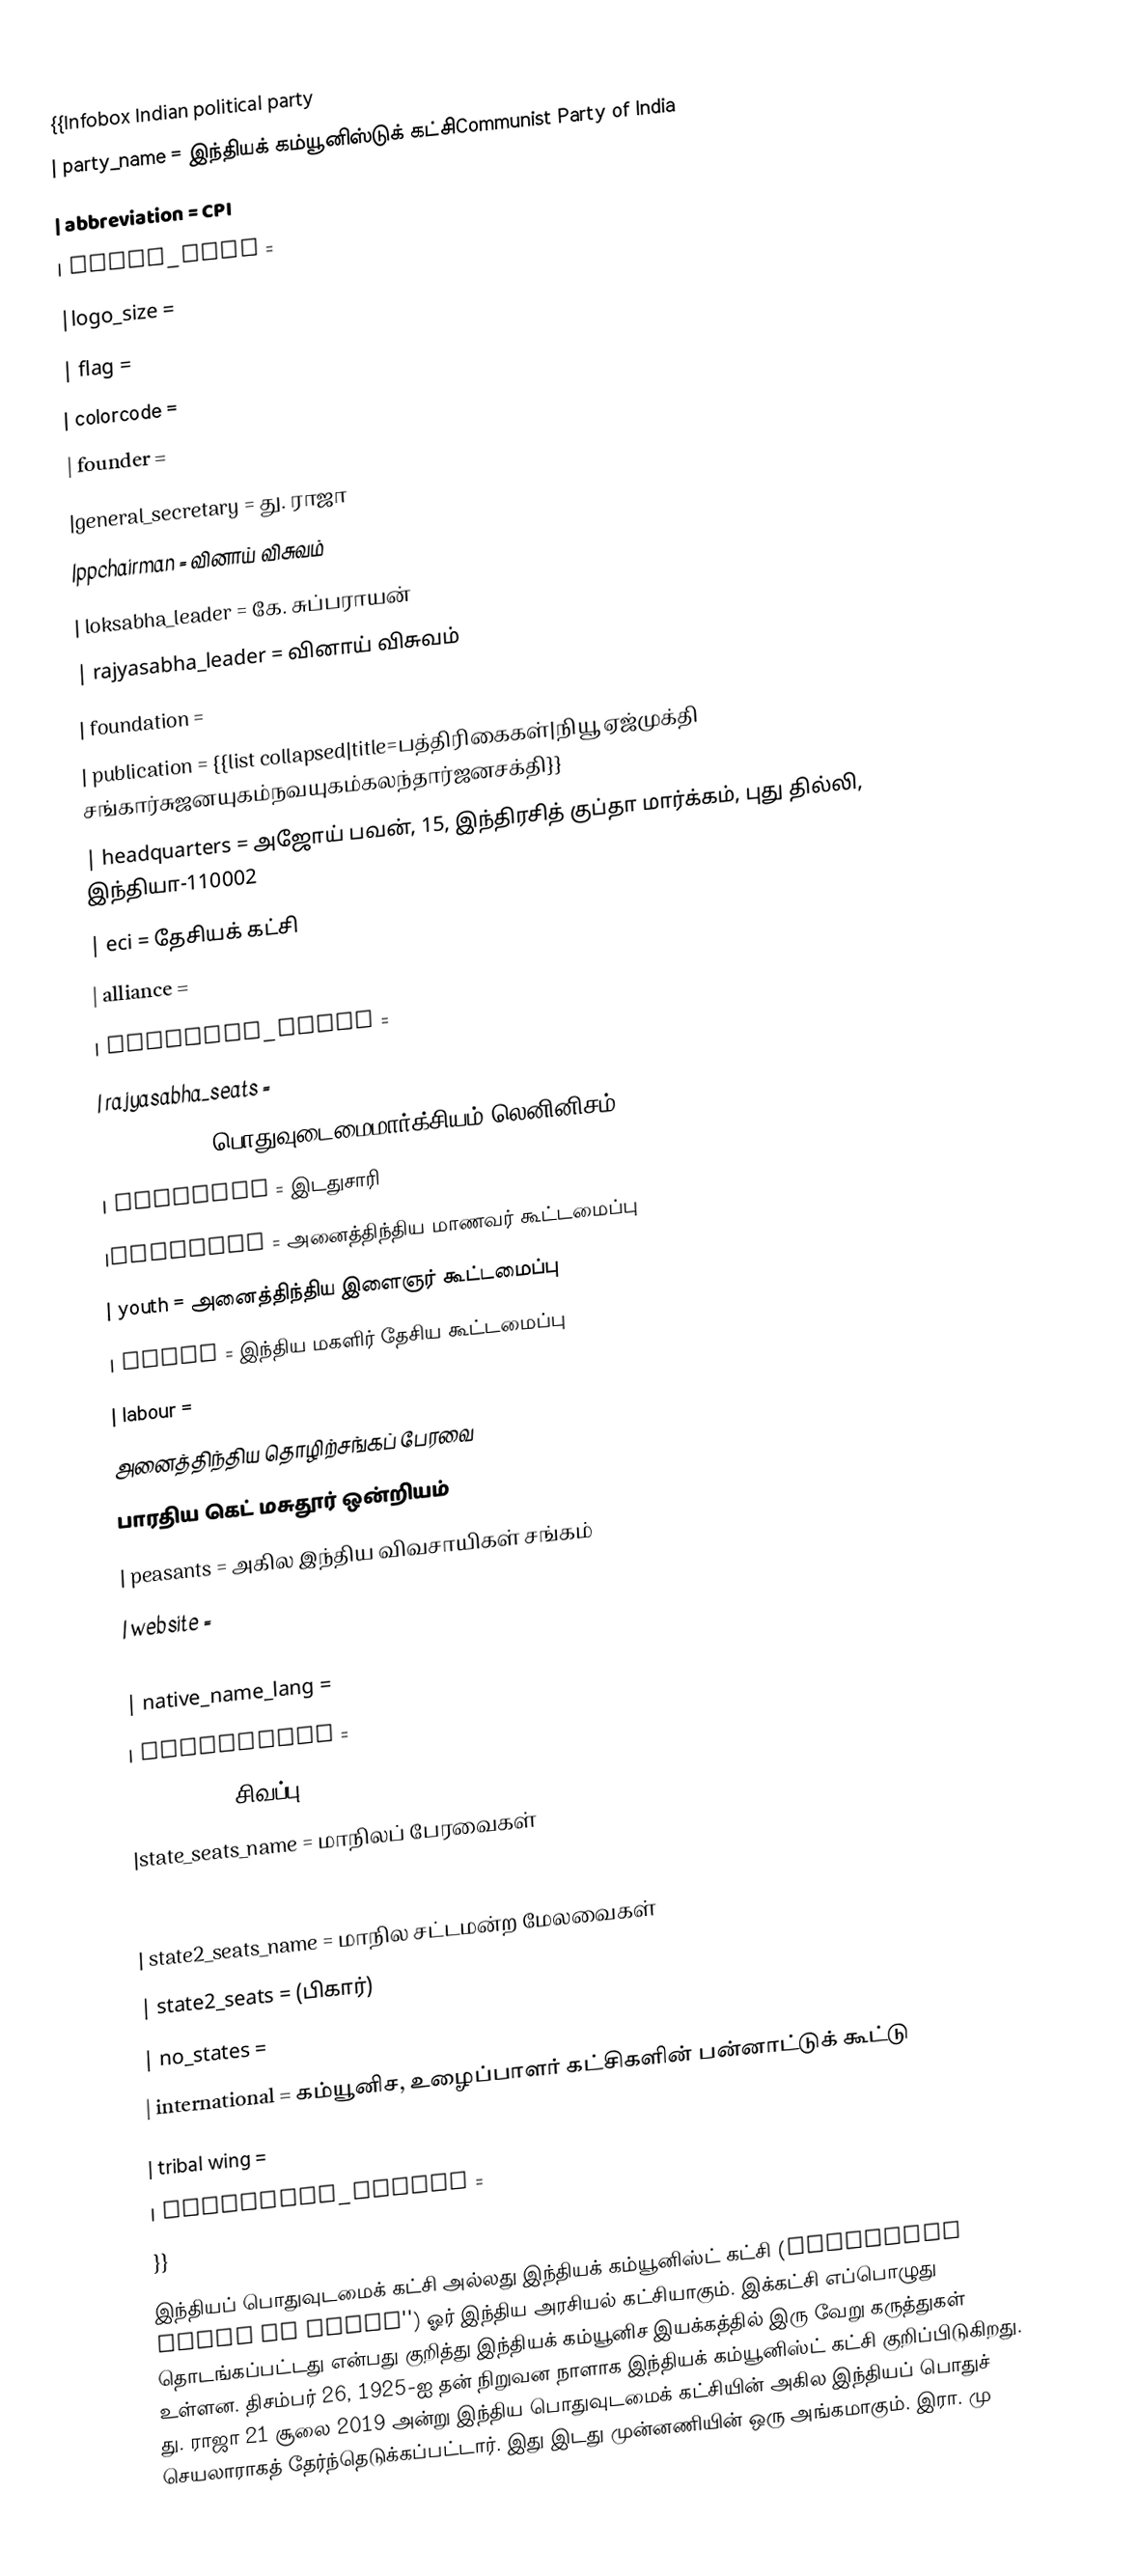
{{Infobox Indian political party
| party_name        = இந்தியக் கம்யூனிஸ்டுக் கட்சிCommunist Party of India
| abbreviation      = CPI
| party_logo        =
|logo_size          =
| flag              =
| colorcode         =
| founder           =
|general_secretary  = து. ராஜா
|ppchairman        = வினாய் விசுவம்
| loksabha_leader   = கே. சுப்பராயன்
| rajyasabha_leader = வினாய் விசுவம்
| foundation        =
| publication       = {{list collapsed|title=பத்திரிகைகள்|நியூ ஏஜ்முக்தி சங்கார்சுஜனயுகம்நவயுகம்கலந்தார்ஜனசக்தி}}
| headquarters      = அஜோய் பவன், 15, இந்திரசித் குப்தா மார்க்கம், புது தில்லி, இந்தியா-110002
| eci               = தேசியக் கட்சி
| alliance          =
| loksabha_seats    =
| rajyasabha_seats  =
| ideology          = பொதுவுடைமைமார்க்சியம்–லெனினிசம்
| position          = இடதுசாரி
|students           = அனைத்திந்திய மாணவர் கூட்டமைப்பு
| youth             = அனைத்திந்திய இளைஞர் கூட்டமைப்பு
| women             = இந்திய மகளிர் தேசிய கூட்டமைப்பு
| labour            =
 அனைத்திந்திய தொழிற்சங்கப் பேரவை
 பாரதிய கெட் மசுதூர் ஒன்றியம்
| peasants          = அகில இந்திய விவசாயிகள் சங்கம்
| website           =
| native_name       =
| native_name_lang  =
| membership        =
| colours           =  சிவப்பு
|state_seats_name   = மாநிலப் பேரவைகள்
|state_seats        =

| state2_seats_name = மாநில சட்டமன்ற மேலவைகள்
| state2_seats      =   (பிகார்)
| no_states         =
| international     = கம்யூனிச, உழைப்பாளர் கட்சிகளின் பன்னாட்டுக் கூட்டு
| tribal wing       =
| electoral_symbol  =
}}
இந்தியப் பொதுவுடமைக் கட்சி அல்லது இந்தியக் கம்யூனிஸ்ட் கட்சி (Communist Party of India'') ஓர் இந்திய அரசியல் கட்சியாகும். இக்கட்சி எப்பொழுது தொடங்கப்பட்டது என்பது குறித்து இந்தியக் கம்யூனிச இயக்கத்தில் இரு வேறு கருத்துகள் உள்ளன. திசம்பர் 26, 1925-ஐ தன் நிறுவன நாளாக இந்தியக் கம்யூனிஸ்ட் கட்சி குறிப்பிடுகிறது. து. ராஜா 21 சூலை 2019 அன்று இந்திய பொதுவுடமைக் கட்சியின் அகில இந்தியப் பொதுச் செயலாராகத் தேர்ந்தெடுக்கப்பட்டார். இது இடது முன்னணியின் ஒரு அங்கமாகும். இரா. மு